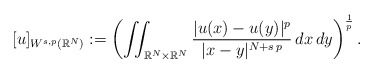
\begin{align*}[u]_{W^{s,p}(\mathbb{R}^N)}:=\left(\iint_{\mathbb{R}^N\times\mathbb{R}^N} \frac{|u(x)-u(y)|^p}{|x-y|^{N+s\,p}}\,dx\,dy\right)^\frac{1}{p}.\end{align*}